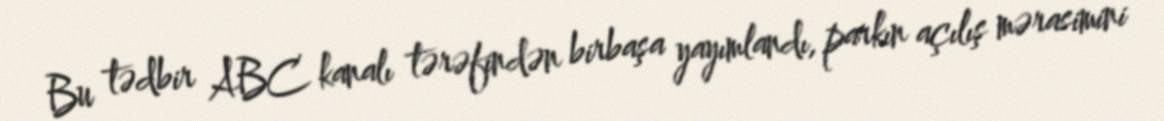
Bu tədbir ABC kanalı tərəfindən birbaşa yayımlandı, parkın açılış mərasimini